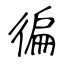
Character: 徧